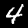
Digit: 4